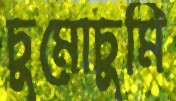
চুমোচুমি